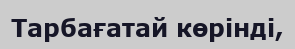
Тарбағатай көрінді,